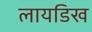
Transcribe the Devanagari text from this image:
लायडिख